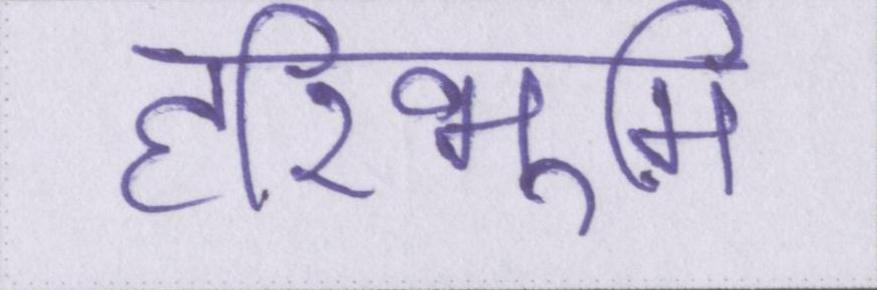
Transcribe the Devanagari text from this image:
हरिभूमि